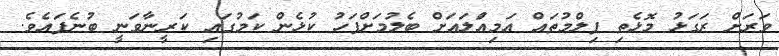
ވަރަށް ރަގަޅު މޮޅެތި ފިލްމުތައް އަމިއްަލައަށް ބެލުމަށްފަހު ކުޅެން ކަމުގައި ކަރީނާވަނީ ބުނެފައެވެ.